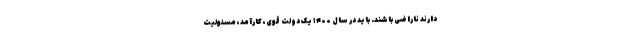
دارند ناراضی باشند. باید در سال ۱۴۰۰ یک دولت قوی، کارآمد، مسئولیت